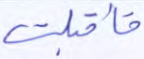
فأقبلت